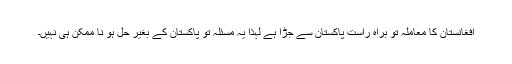
افغانستان کا معاملہ تو براہ راست پاکستان سے جڑا ہے لہٰذا یہ مسئلہ تو پاکستان کے بغیر حل ہو نا ممکن ہی نہیں۔